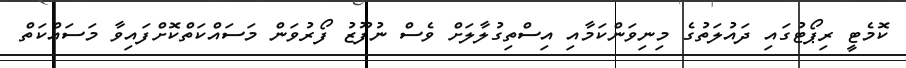
ކޮމެޓީ ރިޕޯޓުގައި ދައުލަތުގެ މިނިވަންކަމާއި އިސްތިގުލާލަށް ވެސް ނުފޫޒު ފޯރުވަން މަސައްކަތްކޮށްފައިވާ މަސައްކަތް